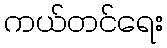
ကယ်တင်ရေး